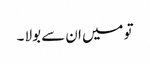
تو میں ان سے بولا ۔